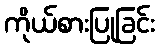
ကိုယ်စားပြုခြင်း